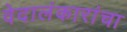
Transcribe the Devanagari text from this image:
वेदालंकारांचा